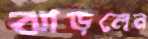
ঝাড়লেন